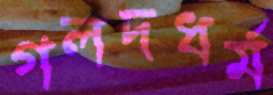
গলদধর্ম